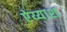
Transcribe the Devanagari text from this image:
ऐय्याश